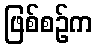
ဖြစ်စဉ်က